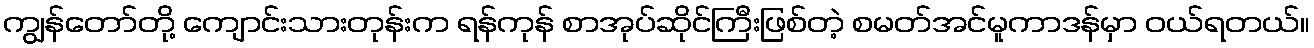
ကျွန်တော်တို့ ကျောင်းသားတုန်းက ရန်ကုန် စာအုပ်ဆိုင်ကြီးဖြစ်တဲ့ စမတ်အင်မူကာဒန်မှာ ဝယ်ရတယ်။